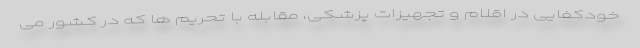
خودکفایی در اقلام و تجهیزات پزشکی، مقابله با تحریم ها که در کشور می